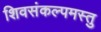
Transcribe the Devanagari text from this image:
शिवसंकल्पमस्तु